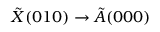
\tilde { X } ( 0 1 0 ) \rightarrow \tilde { A } ( 0 0 0 )